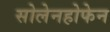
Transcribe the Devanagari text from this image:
सोलेनहोफेन